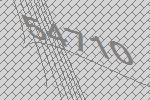
54710